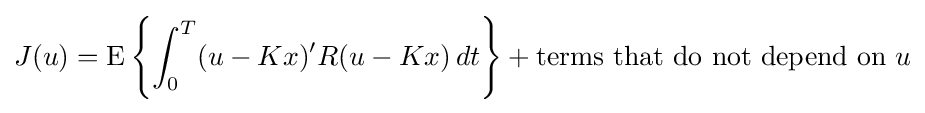
J(u)=\operatorname {E} \left\{\int _{0}^{T}(u-Kx)'R(u-Kx)\,dt\right\}+{\text{terms that do not depend on }}u